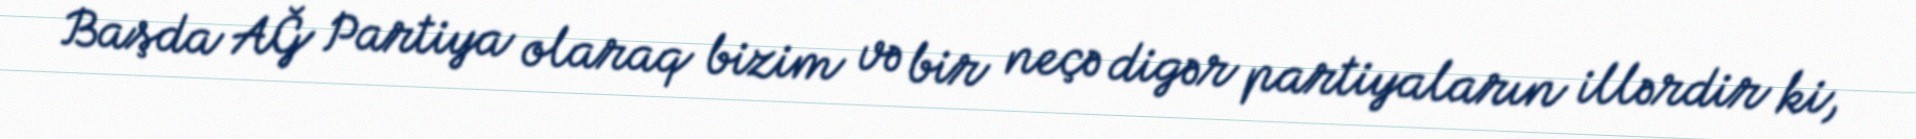
Başda AĞ Partiya olaraq bizim və bir neçə digər partiyaların illərdir ki,